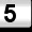
Digit: 5